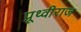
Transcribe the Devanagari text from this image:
प्रूथ्‍वीराज